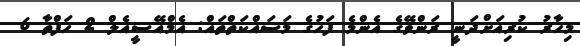
މިހާރު ކުރިއަށްދަނީ ރަންވޭގެ އެންމެ ފަހުގެ މަސައްކަތްތައް: އެމްއޭސީއެލް 2 ހަފްތާ 6